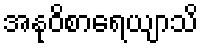
အနုဝိစာရေယျာသိ